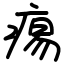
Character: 痬